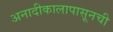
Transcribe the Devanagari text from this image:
अनादीकालापासूनची